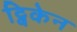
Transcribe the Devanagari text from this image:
ट्विकेन